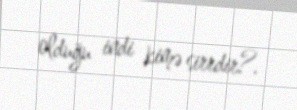
olduğu indi kimə sirrdir?.